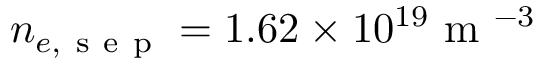
n _ { e , \mathrm { ~ s ~ e ~ p ~ } } = 1 . 6 2 \times 1 0 ^ { 1 9 } \mathrm { ~ m ~ } ^ { - 3 }